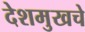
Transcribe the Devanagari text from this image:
देशमुखचे